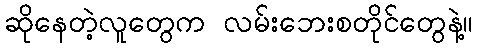
ဆိုနေတဲ့လူတွေက လမ်းဘေးစတိုင်တွေနဲ့။